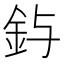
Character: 𮡤